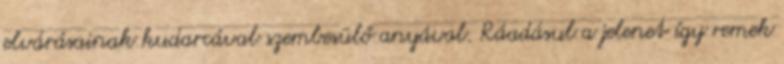
elvárásainak kudarcával szembesülő anyával. Ráadásul a jelenet így remek